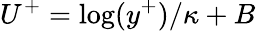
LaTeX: U^{+}=\log(y^{+})/\kappa+B